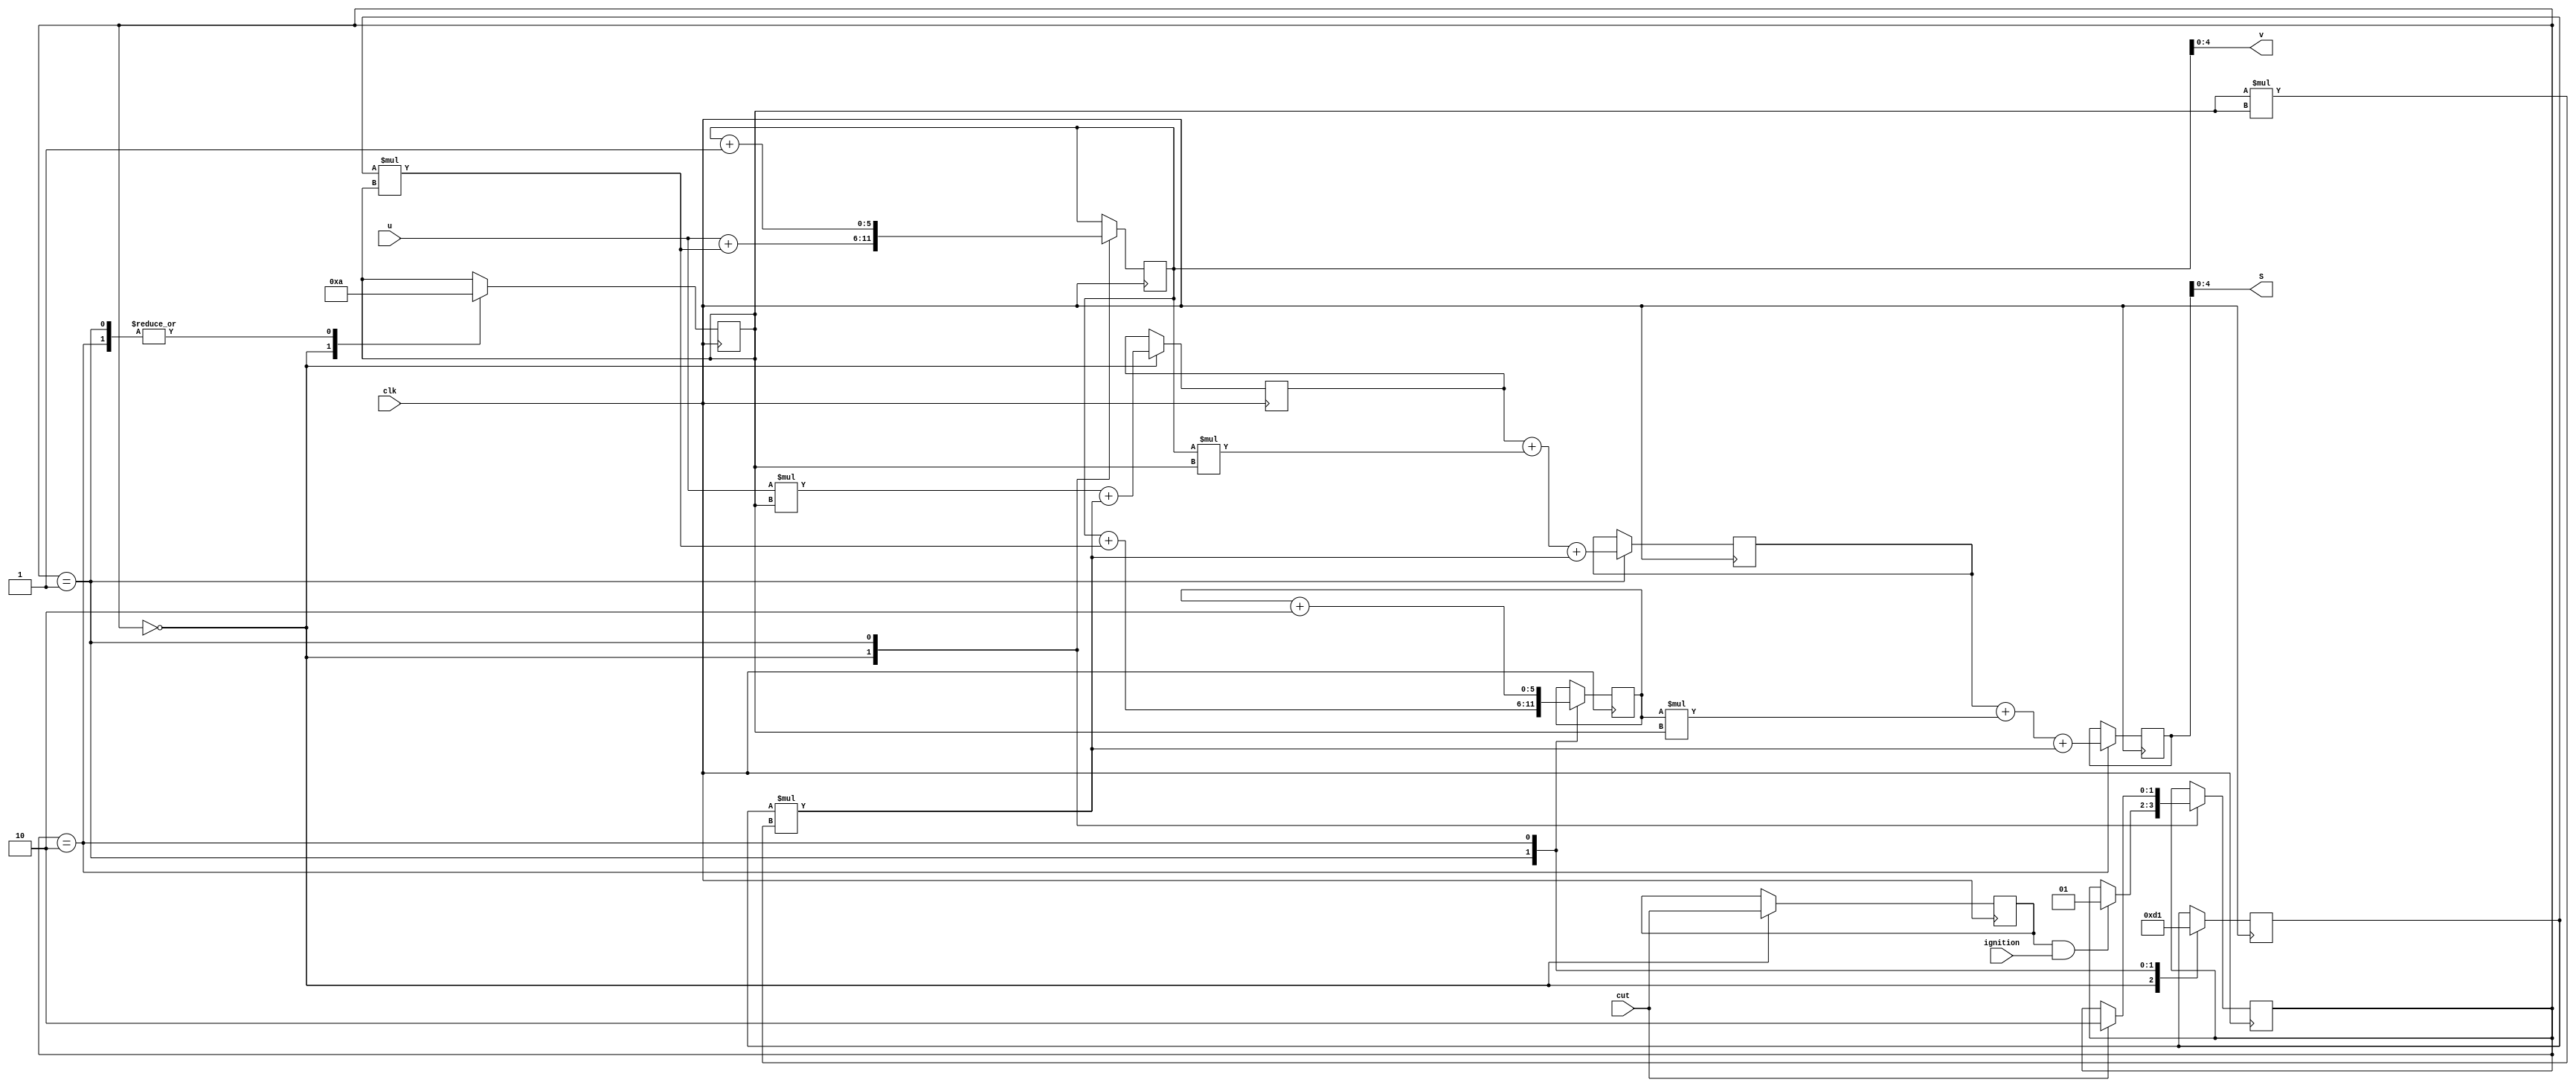
`timescale 1ns / 1ps
//////////////////////////////////////////////////////////////////////////////////
// Company: 
// Engineer: 
// 
// Design Name: 
// Module Name: task2
// Project Name: 
// Target Devices: 
// Tool Versions: 
// Description: 
// 
// Dependencies: 
// 
// Revision:
// Revision 0.01 - File Created
// Additional Comments:
// 
//////////////////////////////////////////////////////////////////////////////////



module beerus(clk,ignition,cut,u,S,v);
    
    input clk,ignition,cut;
    input [4:0] u;
    output[4:0] S,v;
    reg [2:0] a;
    reg [2:0] t;
    reg [8:0] s1,s2,s3;
    //reg [8:0] s4;
	reg [5:0] v1,v2,v3,v4;
	//reg [] s2;
	//reg [] v2;
	//reg [] s3;
	//reg [] v3;
    reg [1:0] state;
    reg input_stage;
    parameter stage_1 = 2'd0,
    stage_2 = 2'd1,
    stage_3 = 2'd2;


//cut <= 1'b1;
//ignition <= 1'b1;




    always@(posedge clk)
    begin
    case(state)
        stage_1:
        begin

        input_stage<= 1'd0;
        t <= 3'd1;
        //u <= 5'b0;
        a <= 3'd3;
        s1 <= u*t+a*(t*t);
        v1 <= u + a*t;

        
        input_stage<=cut;
        if(input_stage && ignition)
        begin
            state <= stage_2;
        end
        end

        stage_2:
        begin
        v1 <= v1 + 6'd1;
		t <= 3'd2;
//t <= 3'd2;
        a <= 3'd2;
        s2 <= s1 + v1*t + a*(t*t);
        v2 <= v1 + a*t;

        
        if(cut)
        begin
            state <=stage_3;
        end
        end



        stage_3:
        begin
        v2 <= v2+6'd2;
        a <= 3'd1;
		t <= 3'd2;
        s3 <= s2 + v2*t + a*(t*t);
        v3 <= v2 + a*t;
        end
    endcase
   end

    //assign s4 = s1 + s2+ s3;
	assign S = s3;
    assign v=v1;

  endmodule